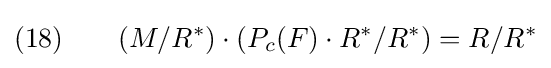
(18)\qquad (M/R^{\ast })\cdot (P_{c}(F)\cdot R^{\ast }/R^{\ast })=R/R^{\ast }